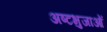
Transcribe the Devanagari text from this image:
अष्टभुजाओं